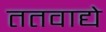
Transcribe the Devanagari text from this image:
ततवाद्ये